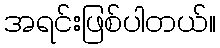
အရင်းဖြစ်ပါတယ်။